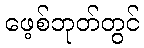
ဖေ့စ်ဘုတ်တွင်